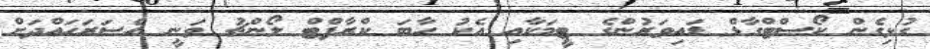
ގުޅިގެން ކޯސްޓްގާޑް ޑައިވަރުންގެ ޓީމަކާއި އެކު ހާބަ ކްރާފްޓް ލޯންޗު ވަނީ އެސަރަހައްދަށް